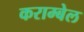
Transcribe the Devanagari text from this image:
कराम्बेल